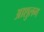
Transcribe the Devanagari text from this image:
आशुलग